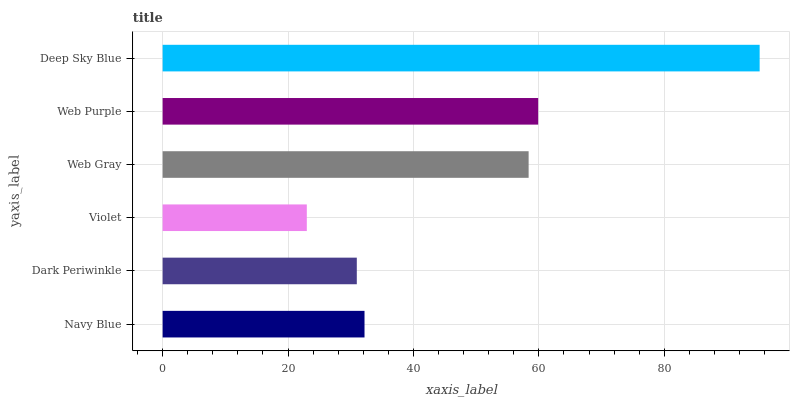
| yaxis_label | bars |
 | --- | --- |
 | Navy Blue | 32.2 |
 | Dark Periwinkle | 31 |
 | Violet | 23 |
 | Web Gray | 58.4 |
 | Web Purple | 59.9 |
 | Deep Sky Blue | 95.2 |